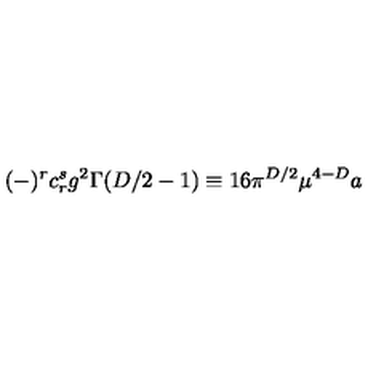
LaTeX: ( - ) ^ { r } c _ { r } ^ { s } g ^ { 2 } \Gamma ( D / 2 - 1 ) \equiv 1 6 \pi ^ { D / 2 } \mu ^ { 4 - D } a